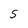
Character: 5